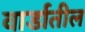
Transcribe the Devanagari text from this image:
वार्डातील